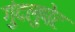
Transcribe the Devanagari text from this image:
गुंदलुपेट